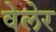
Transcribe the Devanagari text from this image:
वेलेर